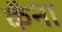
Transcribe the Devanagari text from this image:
कॅना